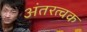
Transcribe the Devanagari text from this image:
अंतरत्वक